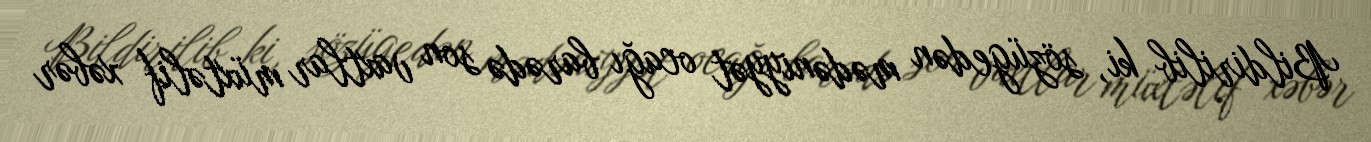
Bildirilib ki, sözügedən mədəniyyət ocağı barədə son vaxtlar müxtəlif xəbər